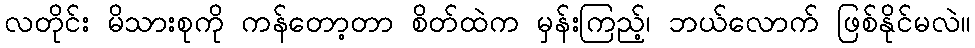
လတိုင်း မိသားစုကို ကန်တော့တာ စိတ်ထဲက မှန်းကြည့်၊ ဘယ်လောက် ဖြစ်နိုင်မလဲ။